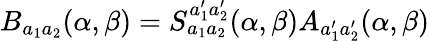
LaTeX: B_{a_{1}a_{2}}(\alpha,\beta)=S_{a_{1}a_{2}}^{a_{1}^{\prime}a_{2}^{\prime}}(\alpha,\beta)A_{a_{1}^{\prime}a_{2}^{\prime}}(\alpha,\beta)